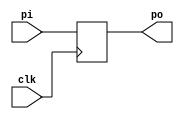
`timescale 1ns / 1ps //pipo

module pipo(clk,pi,po);
input clk;
input [3:0] pi;
output reg [3:0] po; 
always @(posedge clk) 
begin
po=pi;
end
endmodule

module pipo_tb;
reg clk_tb;
reg [3:0] pi_tb=4'b1101;
wire [3:0] po_tb;
pipo U(.clk(clk_tb),.pi(pi_tb),.po(po_tb));
initial
begin
clk_tb=0;
#10;
end
always #5 clk_tb=~clk_tb;
endmodule